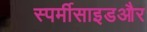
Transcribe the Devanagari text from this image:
स्पर्मीसाइडऔर